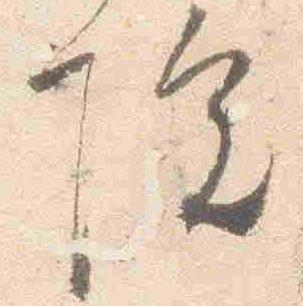
院